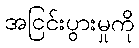
အငြင်းပွားမှုကို